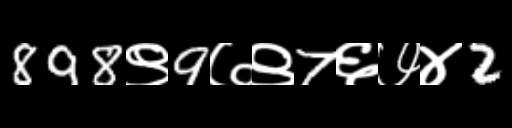
Text: 898९9७९7६७४2